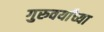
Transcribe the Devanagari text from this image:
गुरुवर्यांच्या